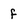
Character: f